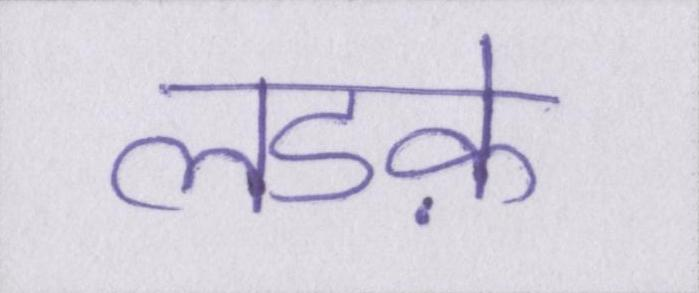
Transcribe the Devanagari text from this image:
लडक़े